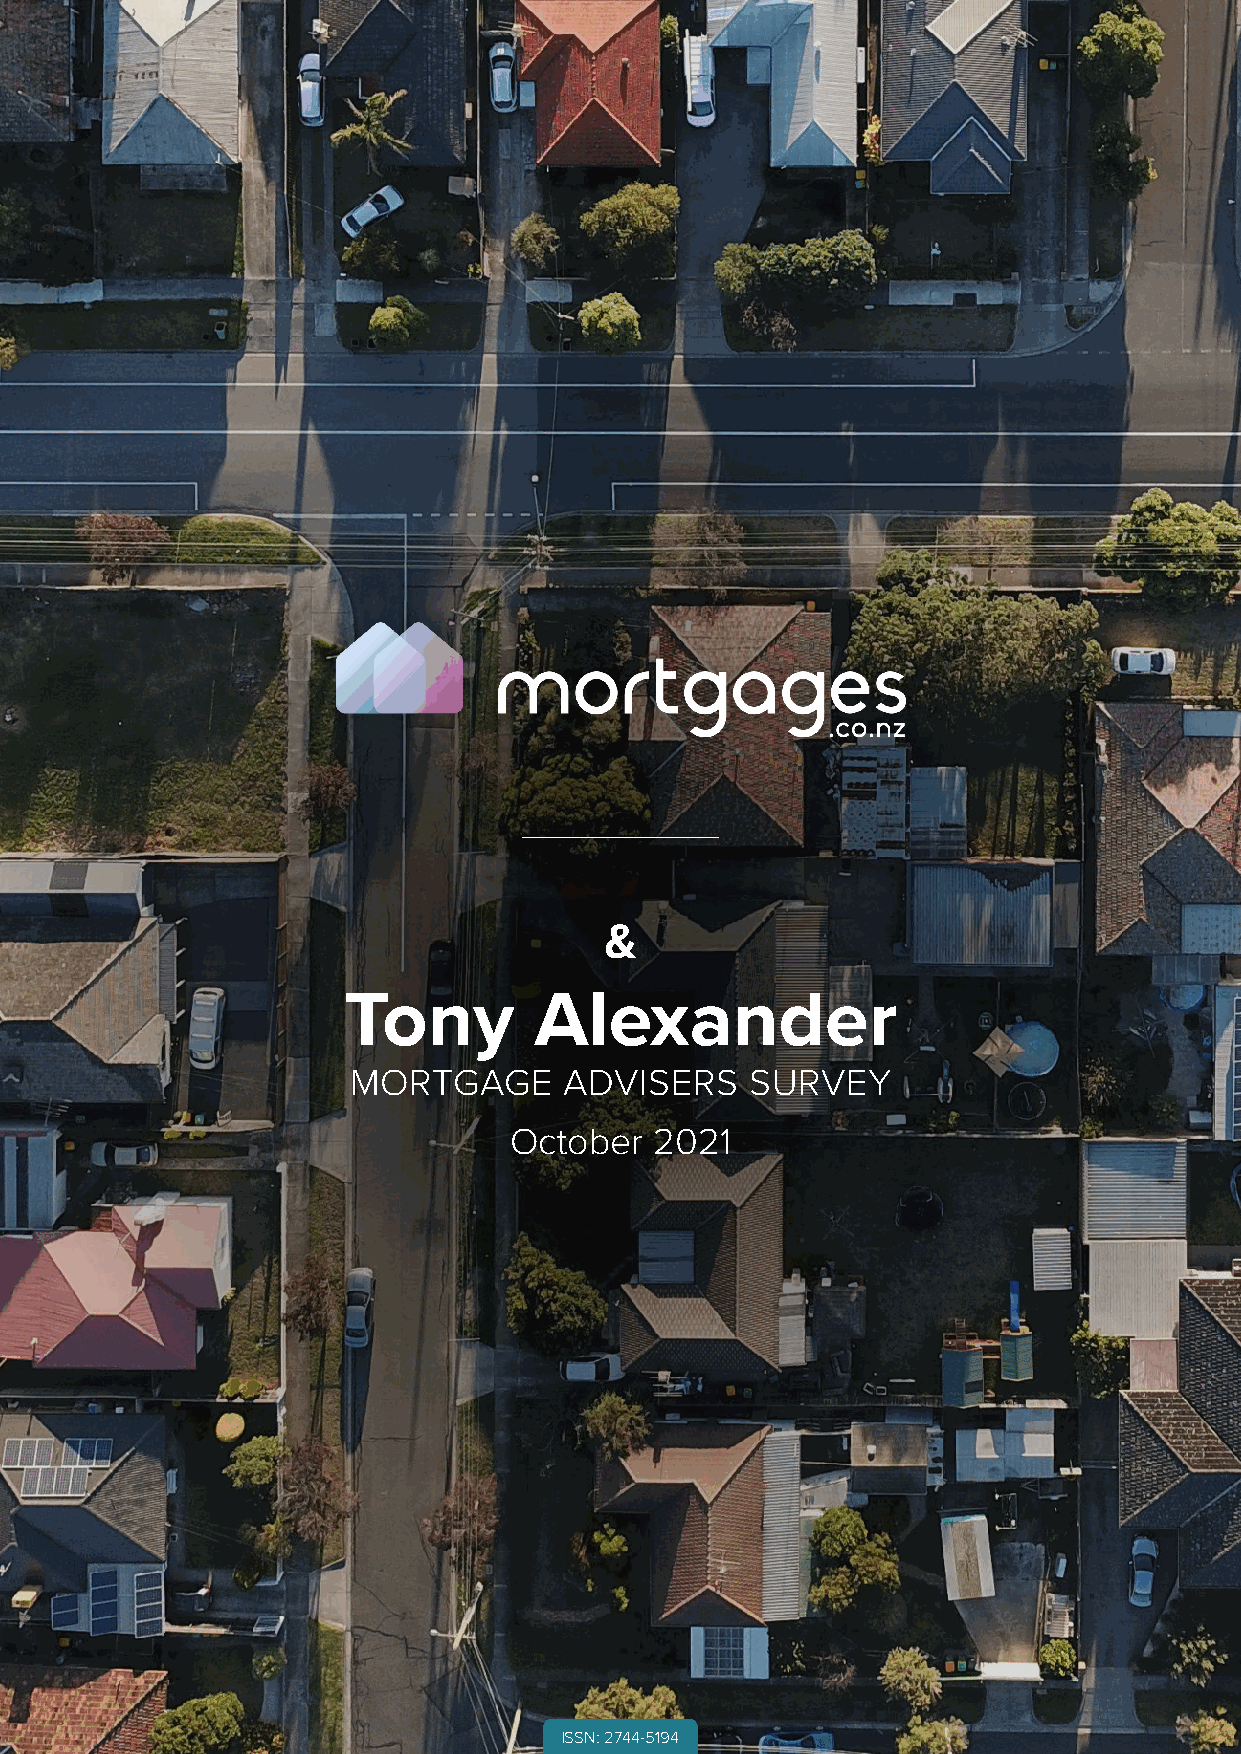
&
 Tony        Alexander
 MORTGAGE      ADVISERS     SURVEY
 October  2021
 1
 ISSN: 2744-5194